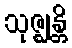
သုဇ္ဈန္တိ